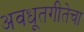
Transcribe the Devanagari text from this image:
अवधूतगीतेचा